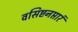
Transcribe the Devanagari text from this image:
वसिष्टनप्तारं